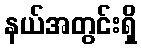
နယ်အတွင်းရှိ